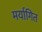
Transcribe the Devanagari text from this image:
मर्यागित